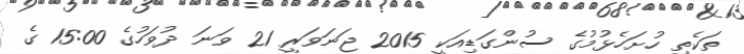
ތަކެތި ހުށަހެޅުމުގެ ސުންގަޑިއަކީ 2015 ޖަނަވަރީ 21 ވަނަ ދުވަހުގެ 15:00 ގެ